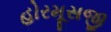
હોરમૂસજી